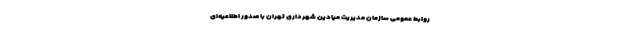
روابط عمومی سازمان مدیریت میادین شهرداری تهران با صدور اطلاعیه‌ای